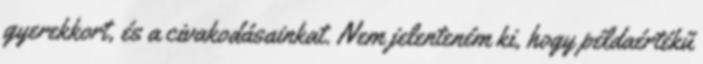
gyerekkort, és a civakodásainkat. Nem jelenteném ki, hogy példaértékű